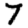
Digit: 7